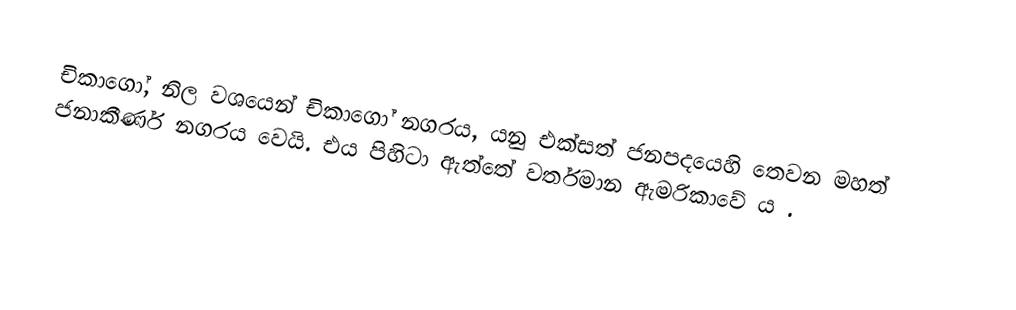
චිකාගෝ, නිල වශයෙන් චිකාගෝ නගරය, යනු එක්සත් ජනපදයෙහි තෙවන මහත් ජනාකීර්ණ නගරය වෙයි. එය පිහිටා ඇත්තේ වර්තමාන ඇමරිකාවේ ය .